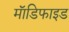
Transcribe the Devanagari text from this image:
माॅडिफाइड